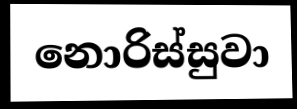
නොරිස්සුවා